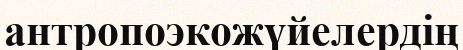
антропоэкожүйелердің